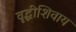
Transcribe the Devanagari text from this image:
वृद्धीशिवाय